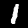
Label: 1